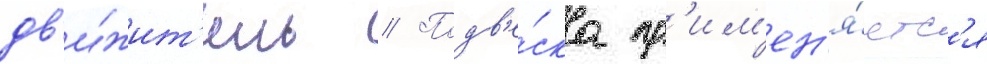
дв'и́жит'ель // Подв'е́ска пр'им'ен'я́етс'я